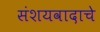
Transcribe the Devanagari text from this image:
संशयवादाचे